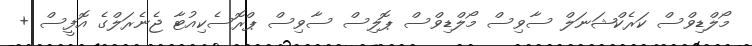
މޯލްޑިވްސް ކަރެކްޝަނަލް ސާވިސް މޯލްޑިވްސް ޕޮލިސް ސާވިސް ޕްރޮސެކިއުޓާ ޖެނެރަލްގެ އޮފީސް +